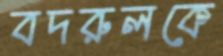
বদরুলকে